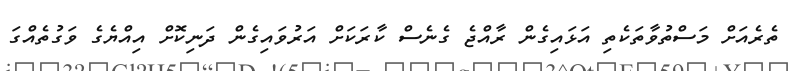
ތެރެއަށް މަސްތުވާތަކެތި އަޅައިގެން ރާއްޖެ ގެނެސް ކާރަކަށް އަރުވައިގެން ދަނިކޮށް އިއްޔެގެ ވަގުތެއްގަ